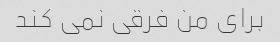
برای من فرقی نمی کند